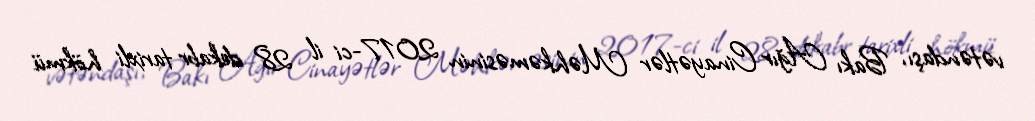
vətəndaşı, Bakı Ağır Cinayətlər Məhkəməsinin 2017-ci il 28 dekabr tarixli hökmü